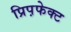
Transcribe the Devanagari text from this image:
प्रिप़फेक्ट